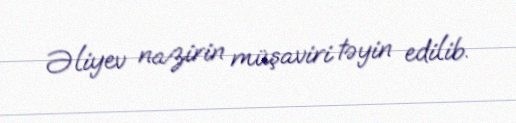
Əliyev nazirin müşaviri təyin edilib.